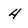
Character: 4